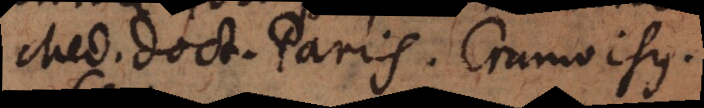
Med. doct. Paris. Cramoisius.